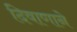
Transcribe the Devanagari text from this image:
दिवाणाने